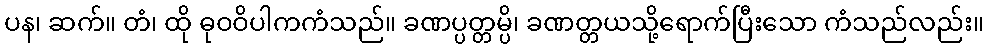
ပန၊ ဆက်။ တံ၊ ထို ဓုဝဝိပါကကံသည်။ ခဏပ္ပတ္တမ္ပိ၊ ခဏတ္တယသို့ရောက်ပြီးသော ကံသည်လည်း။